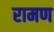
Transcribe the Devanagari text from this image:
रामण